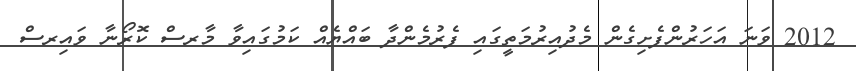
2012 ވަނަ އަހަރުންފެށިގެން މެދުއިރުމަތީގައި ފެރުމެންދާ ބައްޔެއް ކަމުގައިވާ މާރސް ކޮރޯނާ ވައިރސް